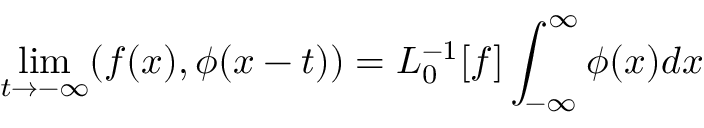
\operatorname * { l i m } _ { t \rightarrow - \infty } ( f ( x ) , \phi ( x - t ) ) = L _ { 0 } ^ { - 1 } [ f ] \int _ { - \infty } ^ { \infty } \phi ( x ) d x